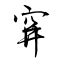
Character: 穽